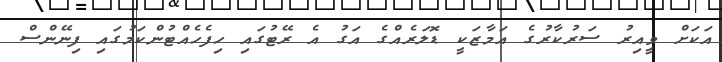
އަކަށް ވީއިރު ސަރުކާރުގެ އަމާޒަކީ ޑޮލަރެއްގެ އަގު އެ ރޭޓުގައި ހިފެހެއްޓުންކަމުގައި ފިނޭންސް